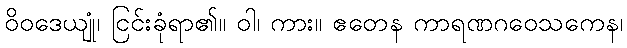
ဝိဝဒေယျုံ၊ ငြင်းခုံရာ၏။ ဝါ၊ ကား။ ဧတေန ကာရဏဂဝေသကေန၊